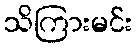
သိကြားမင်း